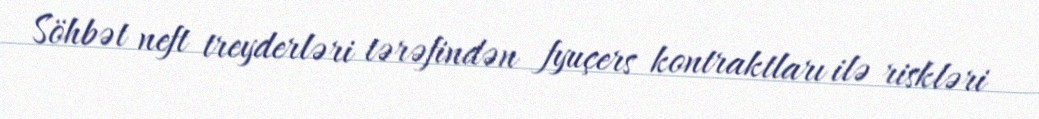
Söhbət neft treyderləri tərəfindən fyuçers kontraktları ilə riskləri